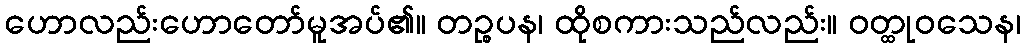
ဟောလည်းဟောတော်မူအပ်၏။ တဉ္စပန၊ ထိုစကားသည်လည်း။ ဝတ္ထုဝသေန၊